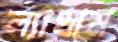
ল্যাথাম